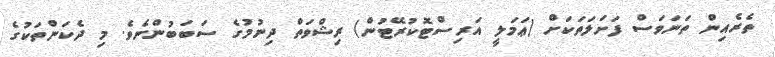
ތެރެއިން ތަނަވަސް ފަށަލަތަކަށް (ޢަމަލީ އަރިސްޓޮކުރޭޓުން) ރިޝްވަތް ދިނުމުގެ ސަބަބުންނެވެ. މި ދެކަންތަކުގެ